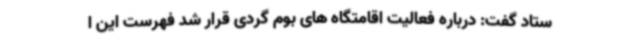
ستاد گفت: درباره فعالیت اقامتگاه های بوم گردی قرار شد فهرست این ا